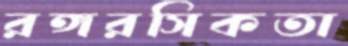
রঙ্গরসিকতা